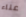
عناء